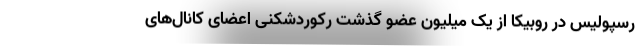
رسپولیس در روبیکا از یک میلیون عضو گذشت رکوردشکنی اعضای کانال‌های